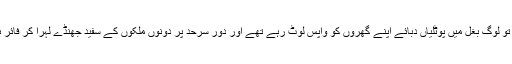
اْس نے نظریں اْٹھا کر دیکھا تو لوگ بغل میں پوٹلیاں دبائے اپنے گھروں کو واپس لوٹ رہے تھے اور دْور سرحد پر دونوں ملکوں کے سفید جھنڈے لہرا کر فائر بندی کا اعلان کر رہے تھے۔